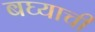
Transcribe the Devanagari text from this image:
बघ्याची